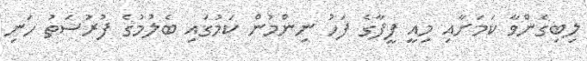
ލިބިގެންވާ ކަމަށާއި މިއީ ފީފާގެ ފަހު ނިންމުން ކަމުގައި ބެލުމުގެ ފުރުސަތު ހަނި